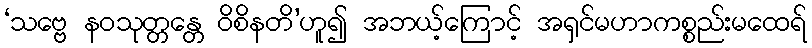
‘သဗ္ဗေ နဝသုတ္တန္တေ ဝိစိနတိ’ဟူ၍ အဘယ့်ကြောင့် အရှင်မဟာကစ္စည်းမထေရ်